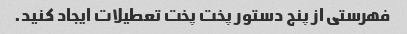
فهرستی از پنج دستور پخت پخت تعطیلات ایجاد کنید.